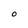
Character: O